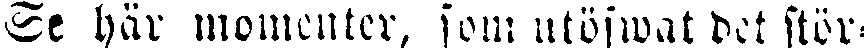
Se här momenter, som utöfwat de stör-